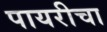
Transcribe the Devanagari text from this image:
पायरीचा